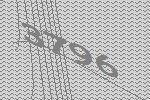
3796